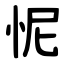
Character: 怩